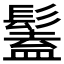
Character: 𩮨